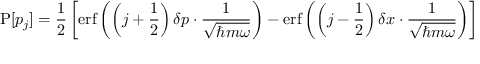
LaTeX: \operatorname { P } [ p _ { j } ] = { \frac { 1 } { 2 } } \left[ \operatorname { e r f } \left( \left( j + { \frac { 1 } { 2 } } \right) \delta p \cdot { \frac { 1 } { \sqrt { \hbar m \omega } } } \right) - \operatorname { e r f } \left( \left( j - { \frac { 1 } { 2 } } \right) \delta x \cdot { \frac { 1 } { \sqrt { \hbar m \omega } } } \right) \right]